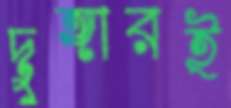
দুঙ্গারই